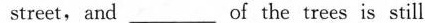
street, and_________ of the trees is still